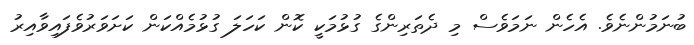
ބުނަމުންނެވެ. އެހެން ނަމަވެސް މި ދެތަރިންގެ ގުޅުމަކީ ކޮން ކަހަލަ ގުޅުމެއްކަން ކަށަވަރުވެފައިވާއިރު